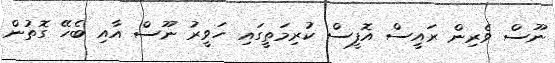
ނޫސް ވެރިން ރައީސް އޮފީސް ކުރިމަތީގައި ހަވީރު ނޫސް އާއި ބެހޭ ގޮތުން